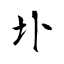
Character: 圤